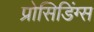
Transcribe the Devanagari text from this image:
प्रोसिडिंग्स